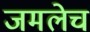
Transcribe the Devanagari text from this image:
जमलेच